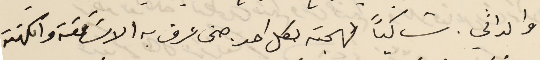
والداني. شاكياً لهجته لكل احد حتى عرف به الاسَاقفة والكهنة